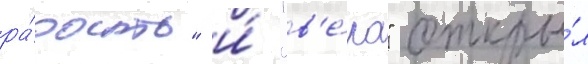
ра́дость" и́ "в'е́ра" откры́л